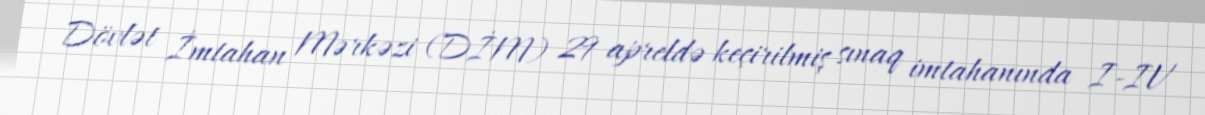
Dövlət İmtahan Mərkəzi (DİM) 29 apreldə keçirilmiş sınaq imtahanında I-IV